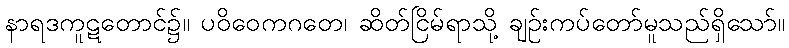
နာရဒကူဋတောင်၌။ ပဝိဝေကဂတေ၊ ဆိတ်ငြိမ်ရာသို့ ချဉ်းကပ်တော်မူသည်ရှိသော်။